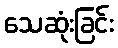
သေဆုံးခြင်း